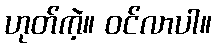
ဟုတ်ကဲ့။ ဝင်လာပါ။